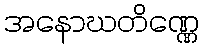
အနောဃတိဏ္ဏေ